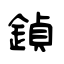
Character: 鍞